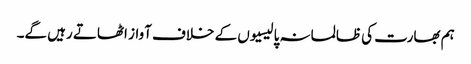
ہم بھارت کی ظالمانہ پالیسیوں کے خلاف آواز اٹھاتے رہیں گے۔